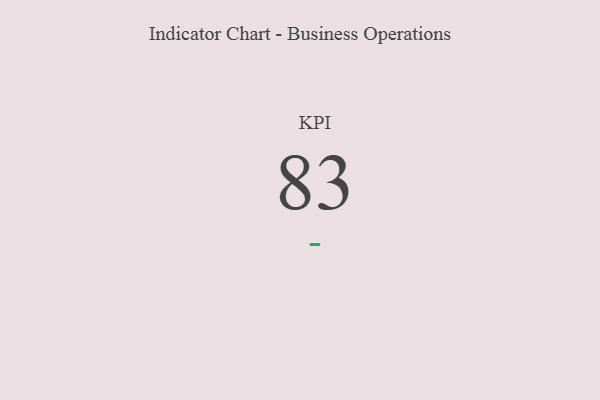
{"axis": {"x": "KPI", "y": "Value"}, "legend": [""], "data": [{"x": "KPI", "y": 83, "type": ""}]}